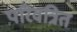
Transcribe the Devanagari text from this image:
परिवत्रित